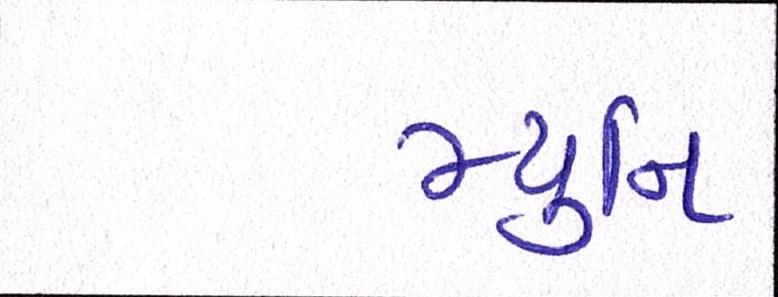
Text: મ્યુનિ